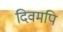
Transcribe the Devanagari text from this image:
दिवमपि